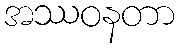
အဿဝနတာ